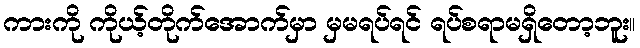
ကားကို ကိုယ့်တိုက်အောက်မှာ မှမရပ်ရင် ရပ်စရာမရှိတော့ဘူး။